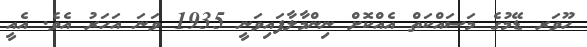
ހޫވަރ ޑޭމުގެ މަސައްކަތް އެއްކޮށް ނިންމާލާފައިވަނީ 1935 ވަނަ އަހަރު އެވެ. އެއީ